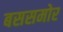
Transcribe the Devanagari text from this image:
बससमोर